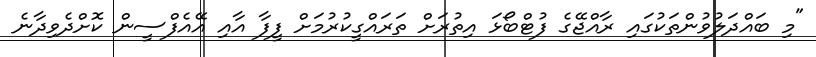
"މި ބައްދަލުވުންތަކުގައި ރާއްޖޭގެ ފުޓްބޯޅަ އިތުރަށް ތަރައްގީކުރުމަށް ފީފާ އާއި އޭއެފްސީން ކޮށްދެވިދާނެ